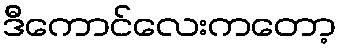
ဒီကောင်လေးကတော့